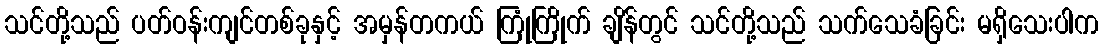
သင်တို့သည် ပတ်ဝန်းကျင်တစ်ခုနှင့် အမှန်တကယ် ကြုံကြိုက် ချိန်တွင် သင်တို့သည် သက်သေခံခြင်း မရှိသေးပါက